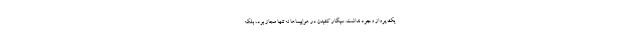
یک پرواز وجود نداشت. سیگار کشیدن در هواپیماها نه تنها مجاز بود، بلکه